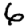
Digit: 6